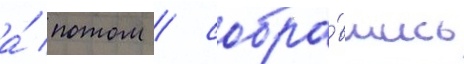
а́ потом / собра́вшись